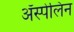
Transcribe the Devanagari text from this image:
ॲस्पेलिन